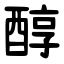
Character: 醇